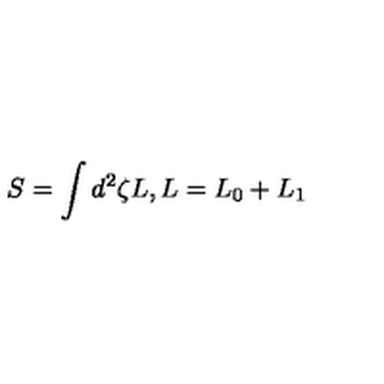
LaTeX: S = \int d ^ { 2 } \zeta L , L = L _ { 0 } + L _ { 1 }